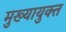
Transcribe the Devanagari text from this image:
मुख्यायुक्त